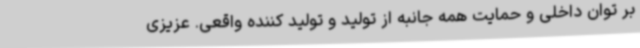
بر توان داخلی و حمایت همه جانبه از تولید و تولید کننده واقعی. عزیزی